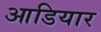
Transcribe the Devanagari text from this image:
आडियार